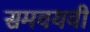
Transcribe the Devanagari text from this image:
समवयवी